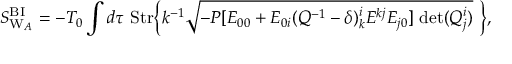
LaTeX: S _ { \mathrm { W } _ { A } } ^ { \mathrm { B I } } = - T _ { 0 } \int d \tau ~ \mathrm { S t r } \Bigl \{ k ^ { - 1 } \sqrt { - P [ E _ { 0 0 } + E _ { 0 i } ( Q ^ { - 1 } - \delta ) _ { k } ^ { i } E ^ { k j } E _ { j 0 } ] \ \mathrm { d e t } ( Q _ { j } ^ { i } ) } \ \Bigr \} ,